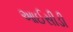
આઈસીડી